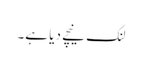
لنک نیچے دیا ہے۔